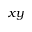
x y